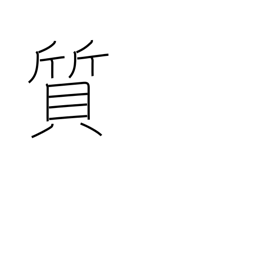
Meaning: substance